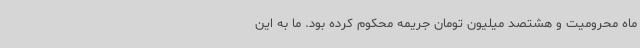
ماه محرومیت و هشتصد میلیون تومان جریمه محکوم کرده بود. ما به این